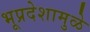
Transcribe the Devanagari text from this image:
भूप्रदेशामुळे